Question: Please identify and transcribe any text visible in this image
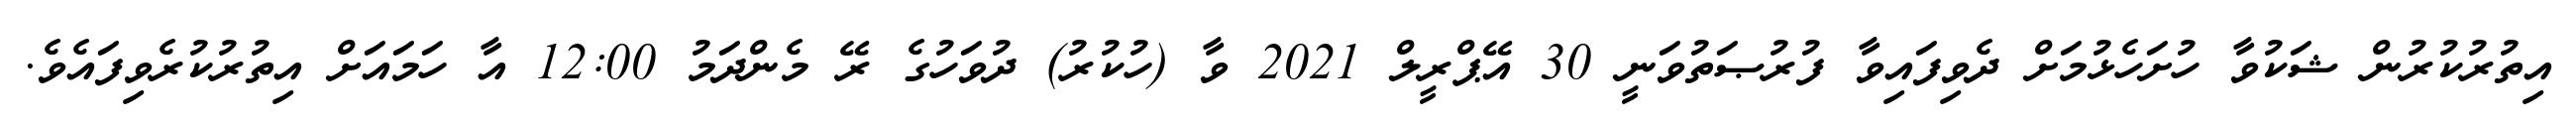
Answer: އިތުރުކުރުން ޝަކުވާ ހުށަހެޅުމަށް ދެވިފައިވާ ފުރުޞަތުވަނީ 30 އޭޕްރީލް 2021 ވާ (ހުކުރު) ދުވަހުގެ ރޭ މެންދަމު 12:00 އާ ހަމައަށް އިތުރުކުރެވިފައެވެ.